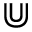
\Cup